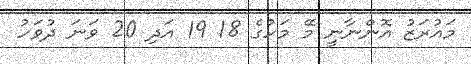
މައުރަޒު އޮންނާނީ މޭ މަހުގެ 18 19 އަދި 20 ވަނަ ދުވަހު